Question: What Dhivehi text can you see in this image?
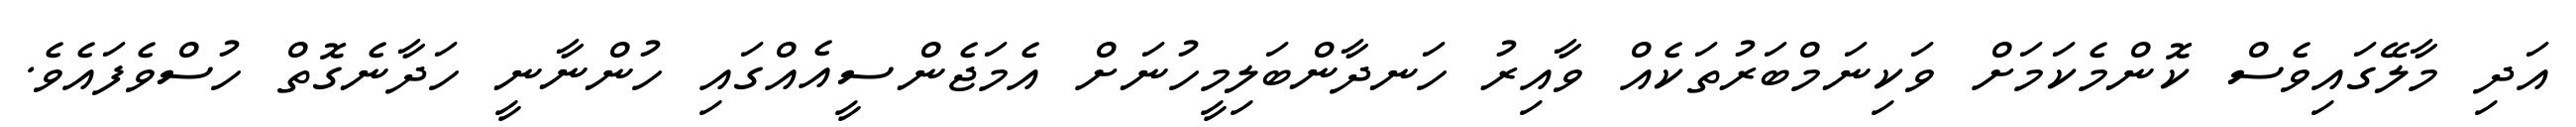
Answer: އަދި މާލޭގައިވެސް ކޮންމެކަމަށް ވަކިނަމްބަރުތަކެއް ވާއިރު ހަނދާންބަލިމީހުނަށް އެމަޖެންސީއެއްގައި ހުންނާނީ ހަދާނެގޮތް ހުސްވެފައެވެ.